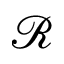
\mathcal { R }